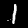
Digit: 1